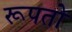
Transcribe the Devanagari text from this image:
रूपतो